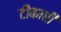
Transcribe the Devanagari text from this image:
टीकारी